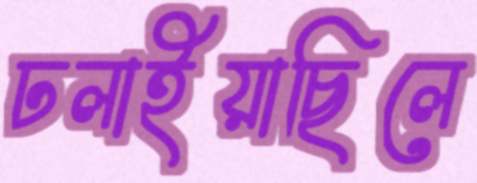
ঢলাইয়াছিলে